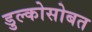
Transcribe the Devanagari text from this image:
डुल्कोसोबत